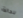
للحالة